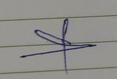
Signature authenticity: forged